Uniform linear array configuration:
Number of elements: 8
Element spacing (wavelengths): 0.5
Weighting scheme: kaiser
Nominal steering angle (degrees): -15
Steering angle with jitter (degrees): -16.274
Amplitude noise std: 0.05
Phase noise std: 0.05

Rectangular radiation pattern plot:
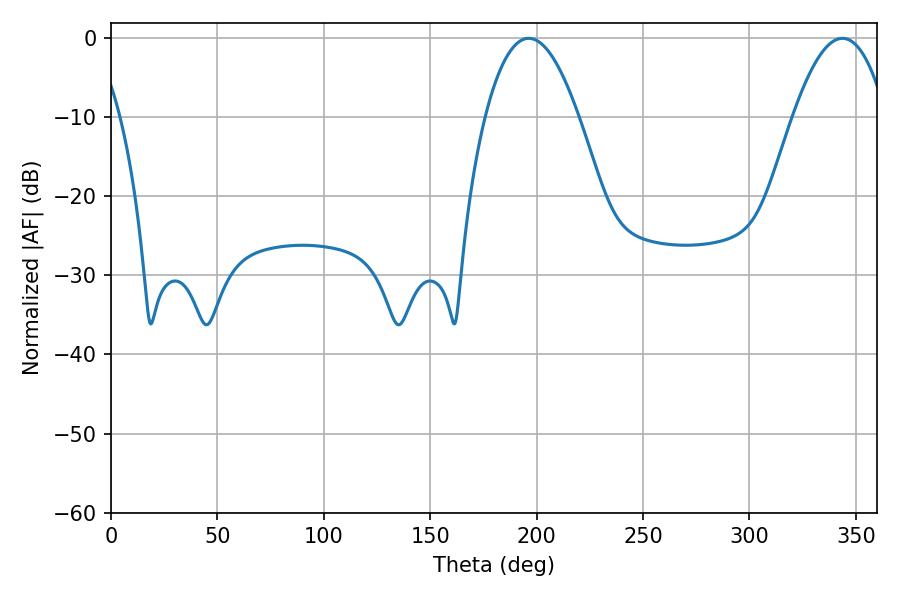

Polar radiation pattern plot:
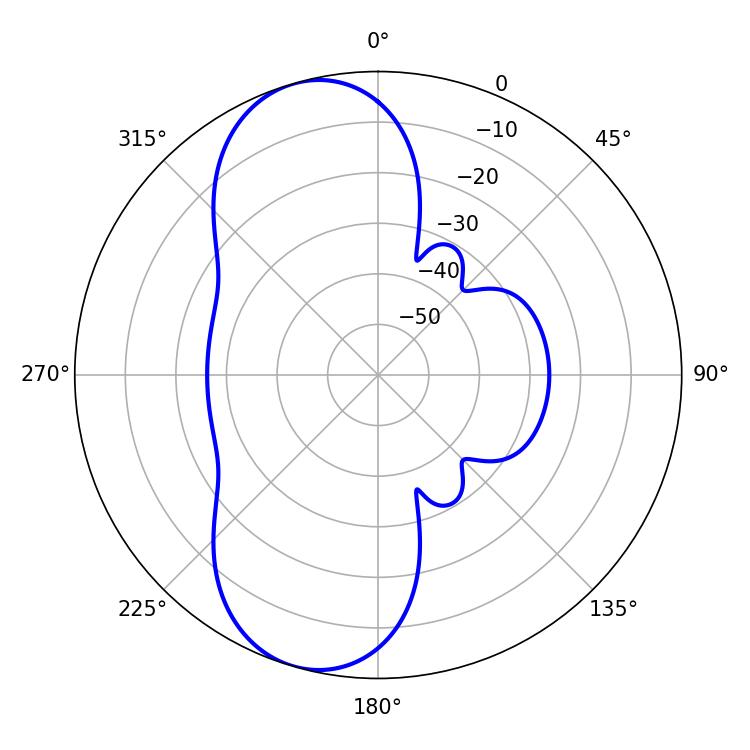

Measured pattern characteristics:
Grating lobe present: FALSE
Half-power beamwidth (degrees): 24.12
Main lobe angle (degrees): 343.62